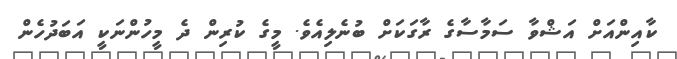
ކާއިންއަށް އަޝްވާ ސަމާސާގެ ރާގަކަށް ބުނެލިއެވެ. މީގެ ކުރިން ދެ މީހުންނަކީ އަބަދުހެން